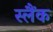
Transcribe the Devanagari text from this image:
स्लैंक